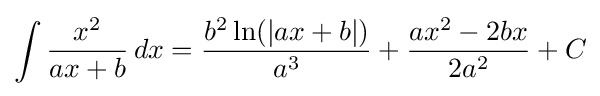
\int {\frac {x^{2}}{ax+b}}\,dx={\frac {b^{2}\ln(\left|ax+b\right|)}{a^{3}}}+{\frac {ax^{2}-2bx}{2a^{2}}}+C